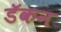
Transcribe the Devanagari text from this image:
डॅकन